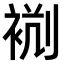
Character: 𧙮